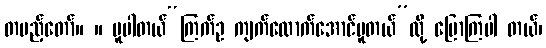
တပည့်တော်။ ။ ပူပါတယ်“ကြက်ဥ ကျက်လောက်အောင်ပူတယ်”လို့ ပြောကြပါ တယ်၊